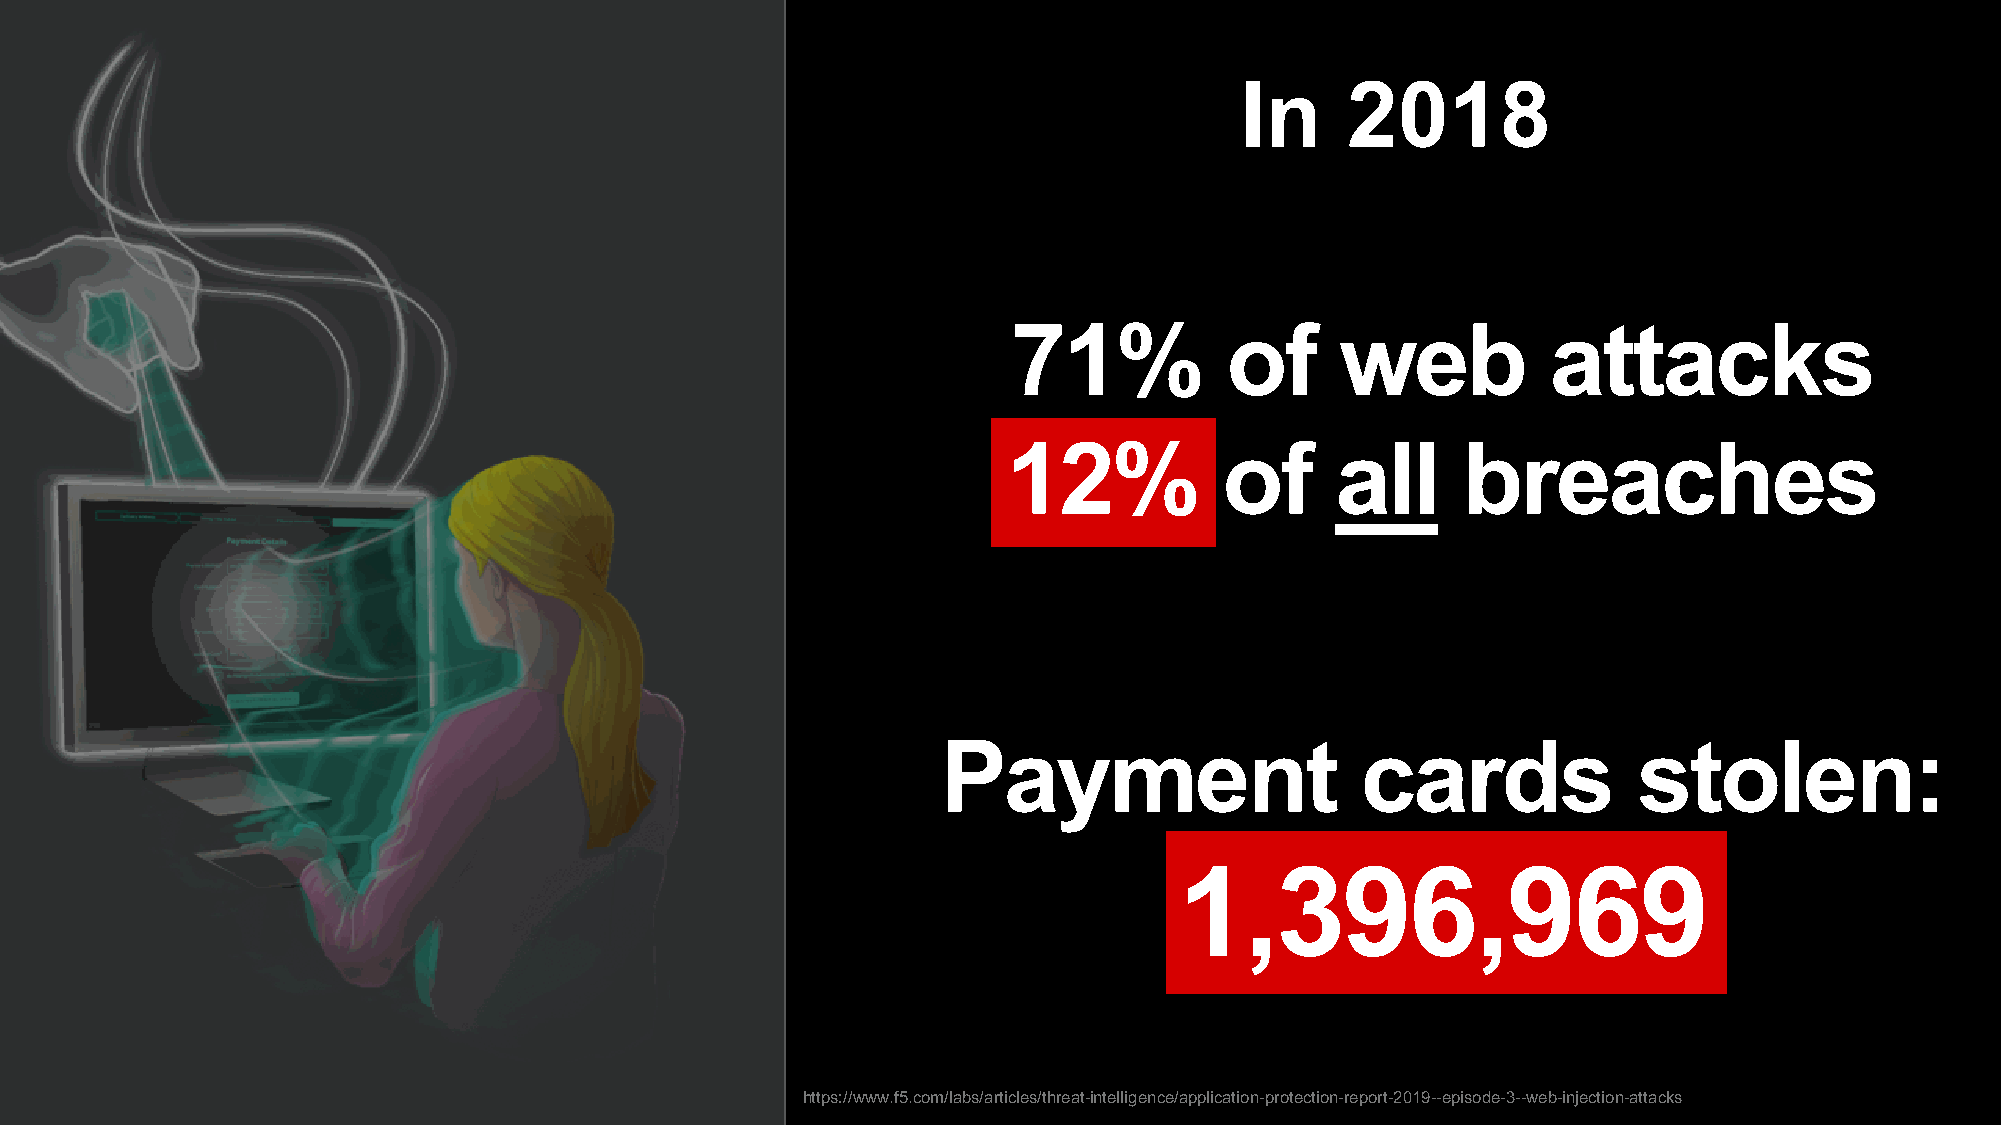
In     2018
 71%           of      web           attacks
 12%           of     all      breaches
 Payment                     cards             stolen:
 1,396,969
 https://www.f5.com/labs/articles/threat-intelligence/application-protection-report-2019--episode-3--web-injection-attacks